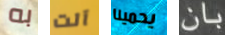
به آلت يحمينا بان